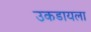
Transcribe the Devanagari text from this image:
उकडायला